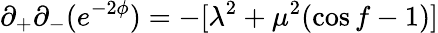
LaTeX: \partial_{+}\partial_{-}(e^{-2\phi})=-[\lambda^{2}+\mu^{2}(\cos f-1)]